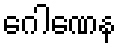
ဂေါဏေန